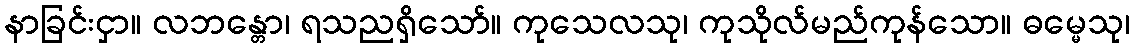
နာခြင်းငှာ။ လဘန္တော၊ ရသညရှိသော်။ ကုသေလသု၊ ကုသိုလ်မည်ကုန်သော။ ဓမ္မေသု၊